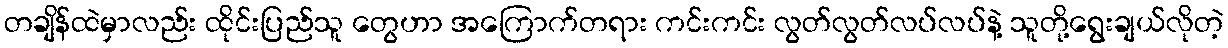
တချိန်ထဲမှာလည်း ထိုင်းပြည်သူ တွေဟာ အကြောက်တရား ကင်းကင်း လွတ်လွတ်လပ်လပ်နဲ့ သူတို့ရွေးချယ်လိုတဲ့